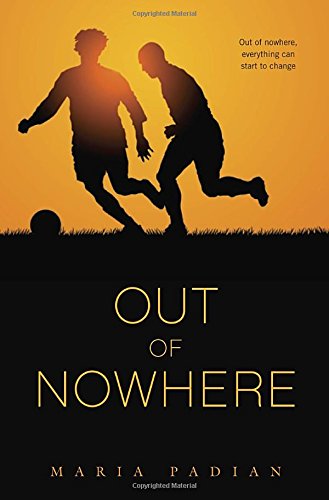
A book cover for Out of Nowhere; Maria Padian; Teen & Young Adult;